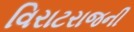
વિરાટરાજની